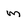
Character: m